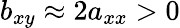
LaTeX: b_{xy}\approx 2a_{xx}>0